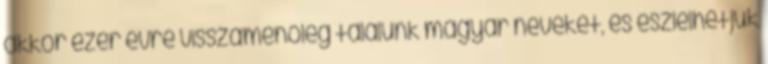
akkor ezer évre visszamenőleg találunk magyar neveket, és észlelhetjük